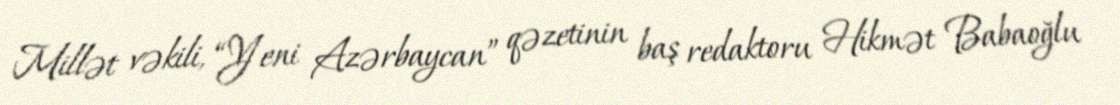
Millət vəkili, “Yeni Azərbaycan” qəzetinin baş redaktoru Hikmət Babaoğlu